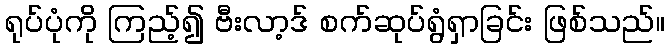
ရုပ်ပုံကို ကြည့်၍ ဗီးလာ့ဒ် စက်ဆုပ်ရွံရှာခြင်း ဖြစ်သည်။